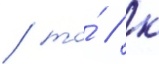
/ то́ / к